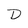
Character: D